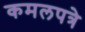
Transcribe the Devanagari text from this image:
कमलपत्रे